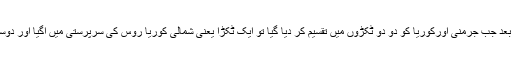
دوسری عالمی جنگ کے خاتمے کے بعد جب جرمنی اورکوریا کو دو دو ٹکڑوں میں تقسیم کر دیا گیا تو ایک ٹکڑا یعنی شمالی کوریا روس کی سرپرستی میں آگیا اور دوسرا ٹکڑا امریکا کی سرپرستی میں آگیا۔